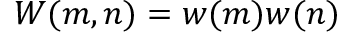
W ( m , n ) = w ( m ) w ( n )